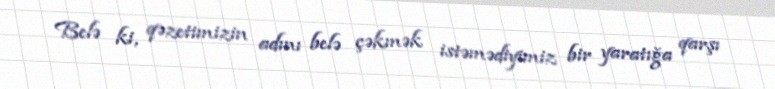
Belə ki, qəzetimizin adını belə çəkmək istəmədiyimiz bir yaratığa qarşı